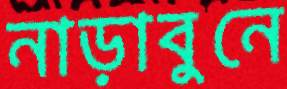
নাড়াবুনে